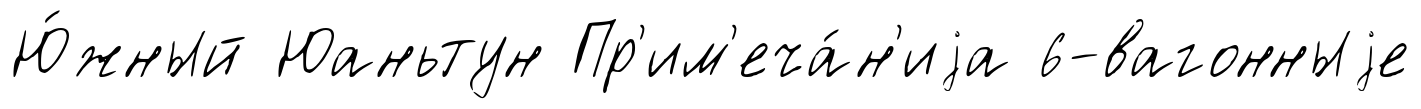
Ю́жный Юаньтун Пр'им'еча́н'иjа 6-вагонныjе